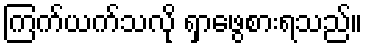
ကြက်ယက်သလို ရှာဖွေစားရသည်။